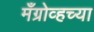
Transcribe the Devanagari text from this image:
मँग्रोव्हच्या